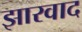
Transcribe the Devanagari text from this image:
झारवाद